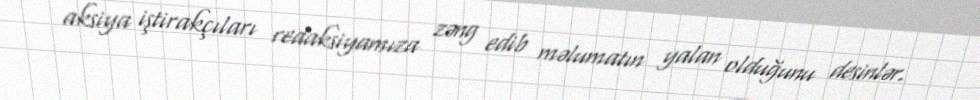
aksiya iştirakçıları redaksiyamıza zəng edib məlumatın yalan olduğunu desinlər.